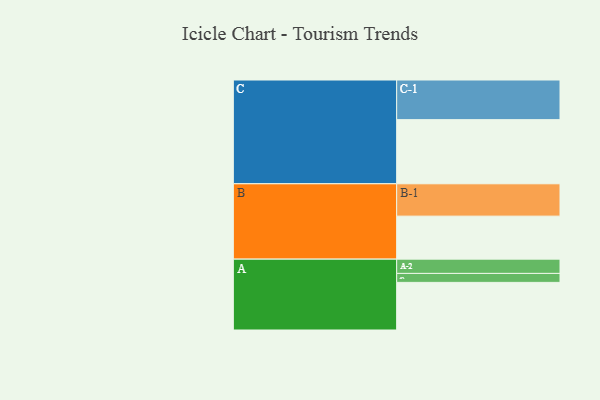
{"axis": {"x": "Segment", "y": "Value"}, "legend": ["", "A", "B", "C"], "data": [{"x": "A", "y": 340, "type": ""}, {"x": "B", "y": 307, "type": ""}, {"x": "C", "y": 458, "type": ""}, {"x": "A-1", "y": 64, "type": "A"}, {"x": "A-2", "y": 102, "type": "A"}, {"x": "B-1", "y": 231, "type": "B"}, {"x": "C-1", "y": 283, "type": "C"}]}